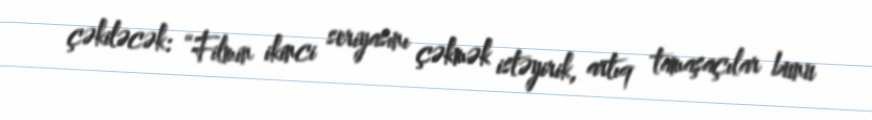
çəkiləcək: “Filmin ikinci seriyasını çəkmək istəyirik, artıq tamaşaçılar bunu